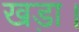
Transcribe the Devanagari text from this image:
खड़ा।